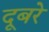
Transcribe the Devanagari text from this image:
दूबरे